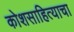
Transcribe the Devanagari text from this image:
कोशसाहित्याचा